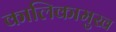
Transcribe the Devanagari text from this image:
कालिकामुख